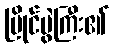
ပြိုင်ပွဲကြီး၏